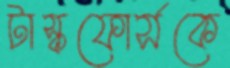
টাস্কফোর্সকে